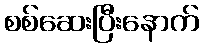
စစ်ဆေးပြီးနောက်